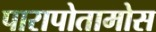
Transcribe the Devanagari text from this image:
पारापोतामोस